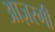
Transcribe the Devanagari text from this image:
आज़रगी